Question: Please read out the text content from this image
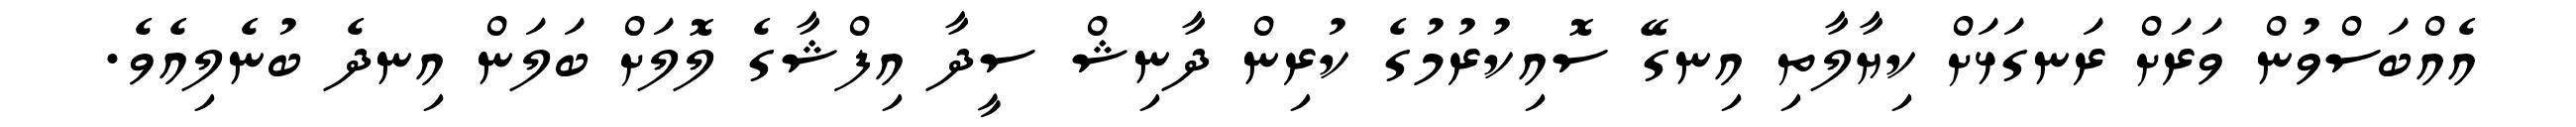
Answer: އެއްބަސްވުން ވަރަށް ރަނގަޅަށް ކިޔާލާތި އިނގޭ ސޮއިކުރުމުގެ ކުރިން ދާނިޝް ސީދާ އިފްޝާގެ ލޮލަށް ބަލަން އިނދެ ބުނެލިއެވެ.